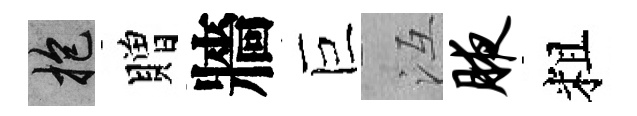
抱贈牆巨冱腋粗